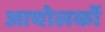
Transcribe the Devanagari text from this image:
आचोलकों